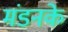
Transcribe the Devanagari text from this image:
मंडनके